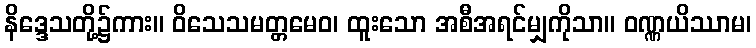
နိဒ္ဒေသတို့၌ကား။ ဝိသေသမတ္တမေဝ၊ ထူးသော အစီအရင်မျှကိုသာ။ ဝဏ္ဏယိဿာမ၊